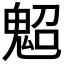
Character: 𩲤